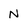
Character: N